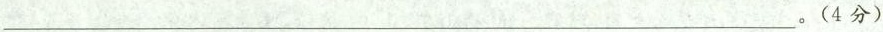
___。(4分)